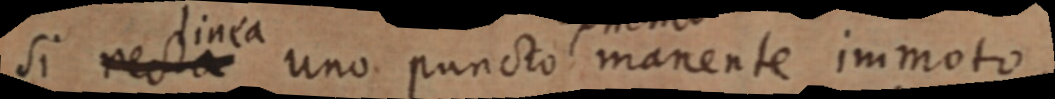
si recta linea uno puncto manente immoto,